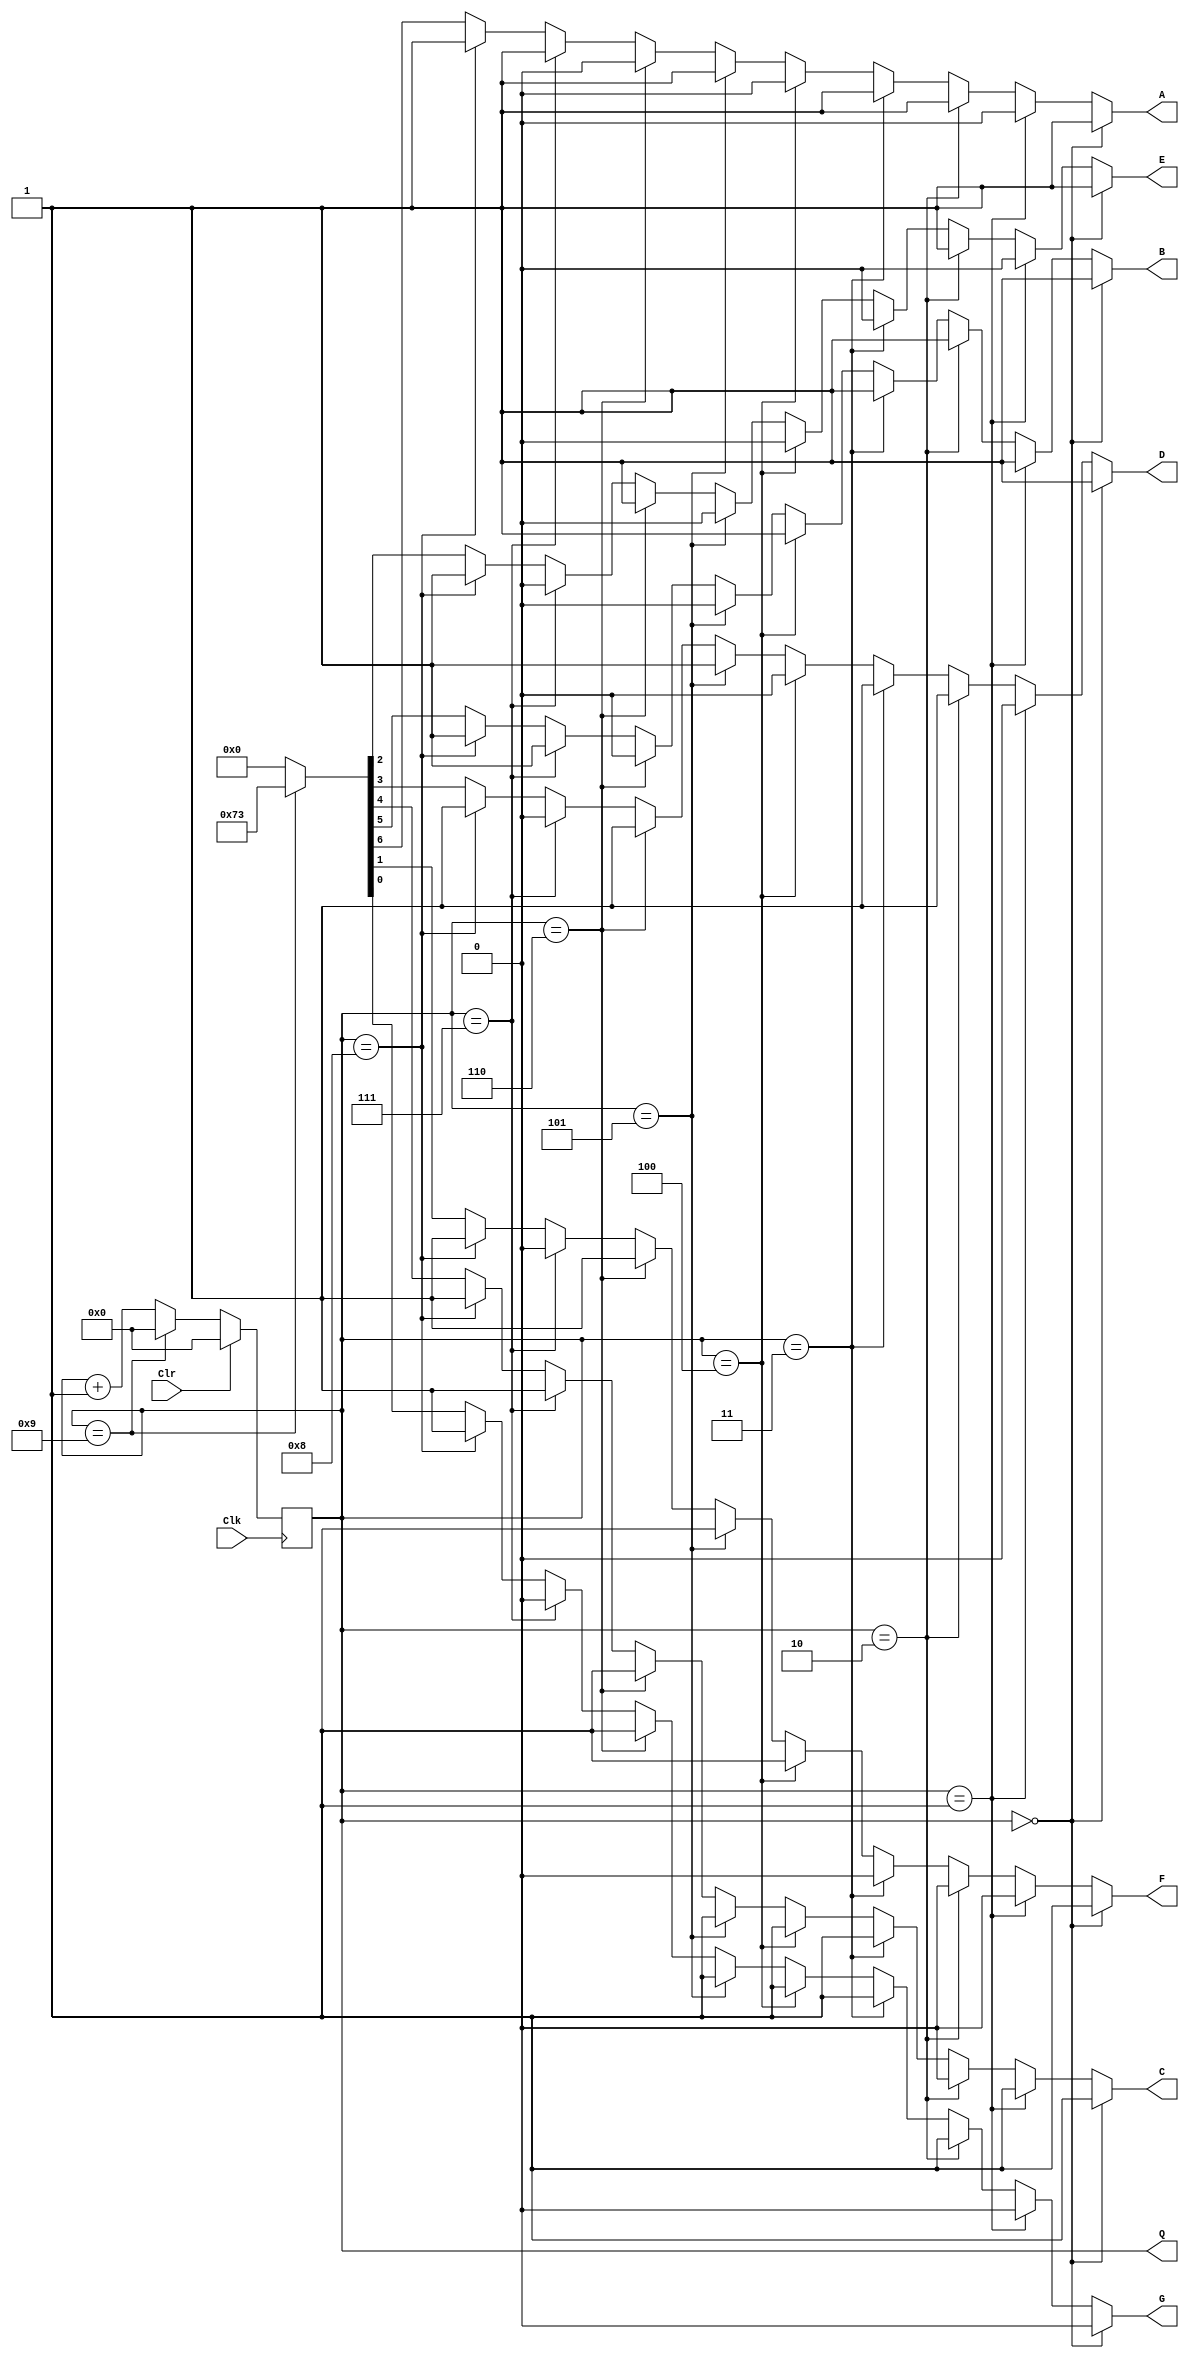
// Ch08 cnt3.v
// BCD WpHCq

module cnt3 (Clk,Clr,Q,A,B,C,D,E,F,G);
input  Clk,Clr;		// @J
output [3:0] Q;		// |X
output A,B,C,D,E,F,G;	// @X
reg    [3:0] Q;		// is
reg    A,B,C,D,E,F,G;	// is

// Wto, WtPBM, BCDWp
always@ (posedge Clk) 
  if (Clr)        	Q = 0;
  else if (Q == 9)  	Q = 0;
  else	         	Q = Q + 1;

// Cq, Xq
always@ (Q) 
  if      (Q == 4'b0000)  {A,B,C,D,E,F,G} = 7'b1111110;
  else if (Q == 4'b0001)  {A,B,C,D,E,F,G} = 7'b0110000;
  else if (Q == 4'b0010)  {A,B,C,D,E,F,G} = 7'b1101101;
  else if (Q == 4'b0011)  {A,B,C,D,E,F,G} = 7'b1111001;
  else if (Q == 4'b0100)  {A,B,C,D,E,F,G} = 7'b0110011;
  else if (Q == 4'b0101)  {A,B,C,D,E,F,G} = 7'b1011011;
  else if (Q == 4'b0110)  {A,B,C,D,E,F,G} = 7'b0011111;
  else if (Q == 4'b0111)  {A,B,C,D,E,F,G} = 7'b1110000;
  else if (Q == 4'b1000)  {A,B,C,D,E,F,G} = 7'b1111111;
  else if (Q == 4'b1001)  {A,B,C,D,E,F,G} = 7'b1110011;
  else	                  {A,B,C,D,E,F,G} = 7'b0000000;
   
endmodule